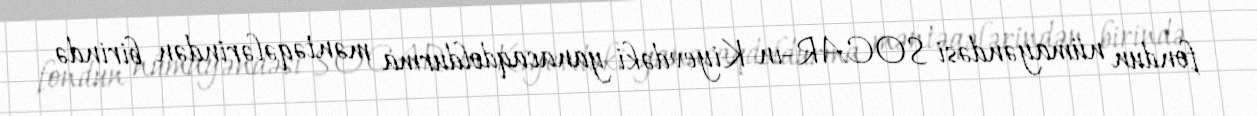
fondun nümayəndəsi SOCAR-ın Kiyevdəki yanacaqdoldurma məntəqələrindən birində